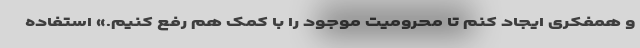
و همفکری ایجاد کنم تا محرومیت موجود را با کمک هم رفع کنیم.» استفاده